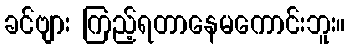
ခင်ဗျား ကြည့်ရတာနေမကောင်းဘူး။